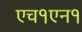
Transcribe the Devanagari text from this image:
एच१एन१